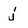
Character: j